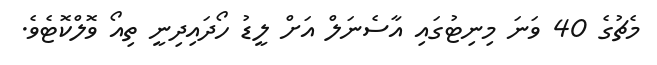
މެޗުގެ 40 ވަނަ މިނިޓުގައި އާސެނަލް އަށް ލީޑު ހޯދައިދިނީ ތިއޯ ވޮލްކޮޓެވެ.